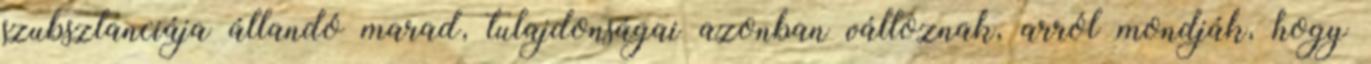
szubsztanciája állandó marad, tulajdonságai azonban változnak, arról mondják, hogy